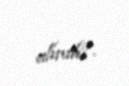
alınıb?.